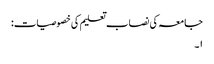
جامعہ کی نصاب تعلیم کی خصوصیات:
۱۔